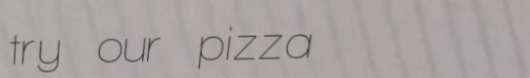
try our pizza